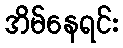
အိမ်နေရင်း